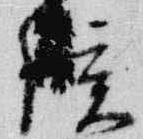
候